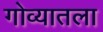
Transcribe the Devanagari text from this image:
गोव्यातला